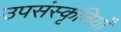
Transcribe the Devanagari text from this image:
उपसंस्कृतियाँ